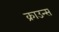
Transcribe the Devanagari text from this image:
क्राउन्स